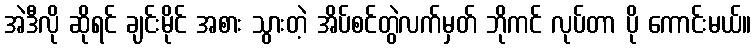
အဲဒီလို ဆိုရင် ချင်းမိုင် အစား သွားတဲ့ အိပ်စင်တွဲလက်မှတ် ဘိုကင် လုပ်တာ ပို ကောင်းမယ်။